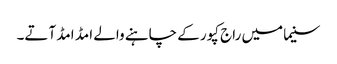
سنیما میں راج کپور کے چاہنے والے امڈ امڈ آتے۔